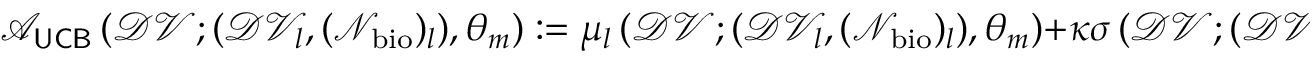
\mathcal { A } _ { \sf U C B } \left( \mathcal { D V } ; ( \mathcal { D V } _ { l } , ( \mathcal { N } _ { \mathrm { b i o } } ) _ { l } ) , \theta _ { m } \right) : = \mu _ { l } \left( \mathcal { D V } ; ( \mathcal { D V } _ { l } , ( \mathcal { N } _ { \mathrm { b i o } } ) _ { l } ) , \theta _ { m } \right) + \kappa \sigma \left( \mathcal { D V } ; ( \mathcal { D V } _ { l } , ( \mathcal { N } _ { \mathrm { b i o } } ) _ { l } ) , \theta _ { m } \right)